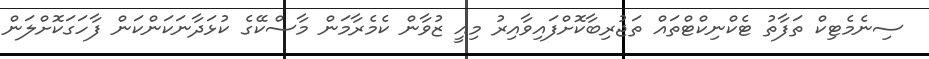
ސިނެމެޓިކް ތަފާތު ޓެކްނިކްޓްތައް ތަޖުރިބާކޮށްފައިވާއިރު މިއީ ޒުވާން ކެމެރާމަން މާސްކޭގެ ކުޅަދާނަކަންކަން ފާހަގަކޮށްލަން